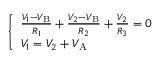
\left\{ \begin{array} { l l } { { \frac { V _ { 1 } - V _ { \mathrm { B } } } { R _ { 1 } } } + { \frac { V _ { 2 } - V _ { \mathrm { B } } } { R _ { 2 } } } + { \frac { V _ { 2 } } { R _ { 3 } } } = 0 } \\ { V _ { 1 } = V _ { 2 } + V _ { \mathrm { A } } } \end{array} \right.